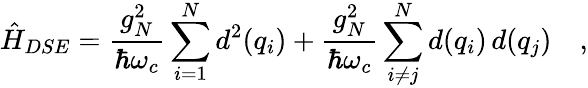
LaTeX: \hat{H}_{DSE}=\frac{g_{N}^{2}}{\hbar\omega_{c}}\sum_{i=1}^{N}d^{2}(q_{i})+\frac{g_{N}^{2}}{\hbar\omega_{c}}\sum_{i\neq j}^{N}d(q_{i})\, d(q_{j})\quad,